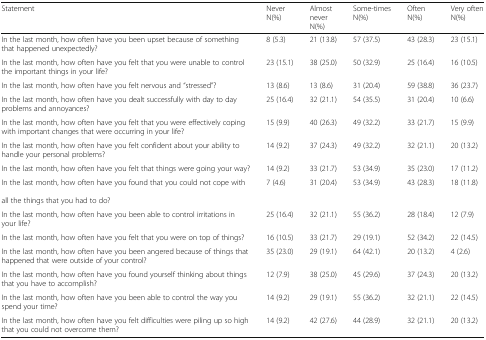
<table><thead><tr><td><b>Statement</b></td><td><b>NeverN(%)</b></td><td><b>AlmostneverN(%)</b></td><td><b>Some-timesN(%)</b></td><td><b>OftenN(%)</b></td><td><b>Very oftenN(%)</b></td></tr></thead><tbody><tr><td>In the last month, how often have you been upset because of something that happened unexpectedly?</td><td>8 (5.3)</td><td>21 (13.8)</td><td>57 (37.5)</td><td>43 (28.3)</td><td>23 (15.1)</td></tr><tr><td>In the last month, how often have you felt that you were unable to control the important things in your life?</td><td>23 (15.1)</td><td>38 (25.0)</td><td>50 (32.9)</td><td>25 (16.4)</td><td>16 (10.5)</td></tr><tr><td>In the last month, how often have you felt nervous and “stressed”?</td><td>13 (8.6)</td><td>13 (8.6)</td><td>31 (20.4)</td><td>59 (38.8)</td><td>36 (23.7)</td></tr><tr><td>In the last month, how often have you dealt successfully with day to day problems and annoyances?</td><td>25 (16.4)</td><td>32 (21.1)</td><td>54 (35.5)</td><td>31 (20.4)</td><td>10 (6.6)</td></tr><tr><td>In the last month, how often have you felt that you were effectively coping with important changes that were occurring in your life?</td><td>15 (9.9)</td><td>40 (26.3)</td><td>49 (32.2)</td><td>33 (21.7)</td><td>15 (9.9)</td></tr><tr><td>In the last month, how often have you felt confident about your ability to handle your personal problems?</td><td>14 (9.2)</td><td>37 (24.3)</td><td>49 (32.2)</td><td>32 (21.1)</td><td>20 (13.2)</td></tr><tr><td>In the last month, how often have you felt that things were going your way?</td><td>14 (9.2)</td><td>33 (21.7)</td><td>53 (34.9)</td><td>35 (23.0)</td><td>17 (11.2)</td></tr><tr><td>In the last month, how often have you found that you could not cope with all the things that you had to do?</td><td>7 (4.6)</td><td>31 (20.4)</td><td>53 (34.9)</td><td>43 (28.3)</td><td>18 (11.8)</td></tr><tr><td>In the last month, how often have you been able to control irritations in your life?</td><td>25 (16.4)</td><td>32 (21.1)</td><td>55 (36.2)</td><td>28 (18.4)</td><td>12 (7.9)</td></tr><tr><td>In the last month, how often have you felt that you were on top of things?</td><td>16 (10.5)</td><td>33 (21.7)</td><td>29 (19.1)</td><td>52 (34.2)</td><td>22 (14.5)</td></tr><tr><td>In the last month, how often have you been angered because of things that happened that were outside of your control?</td><td>35 (23.0)</td><td>29 (19.1)</td><td>64 (42.1)</td><td>20 (13.2)</td><td>4 (2.6)</td></tr><tr><td>In the last month, how often have you found yourself thinking about things that you have to accomplish?</td><td>12 (7.9)</td><td>38 (25.0)</td><td>45 (29.6)</td><td>37 (24.3)</td><td>20 (13.2)</td></tr><tr><td>In the last month, how often have you been able to control the way you spend your time?</td><td>14 (9.2)</td><td>29 (19.1)</td><td>55 (36.2)</td><td>32 (21.1)</td><td>22 (14.5)</td></tr><tr><td>In the last month, how often have you felt difficulties were piling up so high that you could not overcome them?</td><td>14 (9.2)</td><td>42 (27.6)</td><td>44 (28.9)</td><td>32 (21.1)</td><td>20 (13.2)</td></tr></tbody></table>